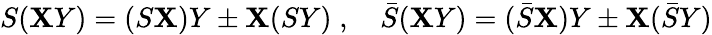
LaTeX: S(\mathbf{X}Y)=(S\mathbf{X})Y\pm\mathbf{X}(SY)\; ,\quad\bar{{S}}(\mathbf{X}Y)=(\bar{{S}}\mathbf{X})Y\pm\mathbf{X}(\bar{{S}}Y)